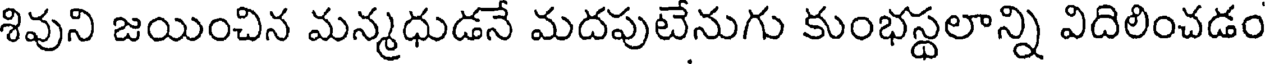
శివుని జయించిన మన్మధుడనే మదపుటేనుగు కుంభస్థలాన్ని విదిలించడం